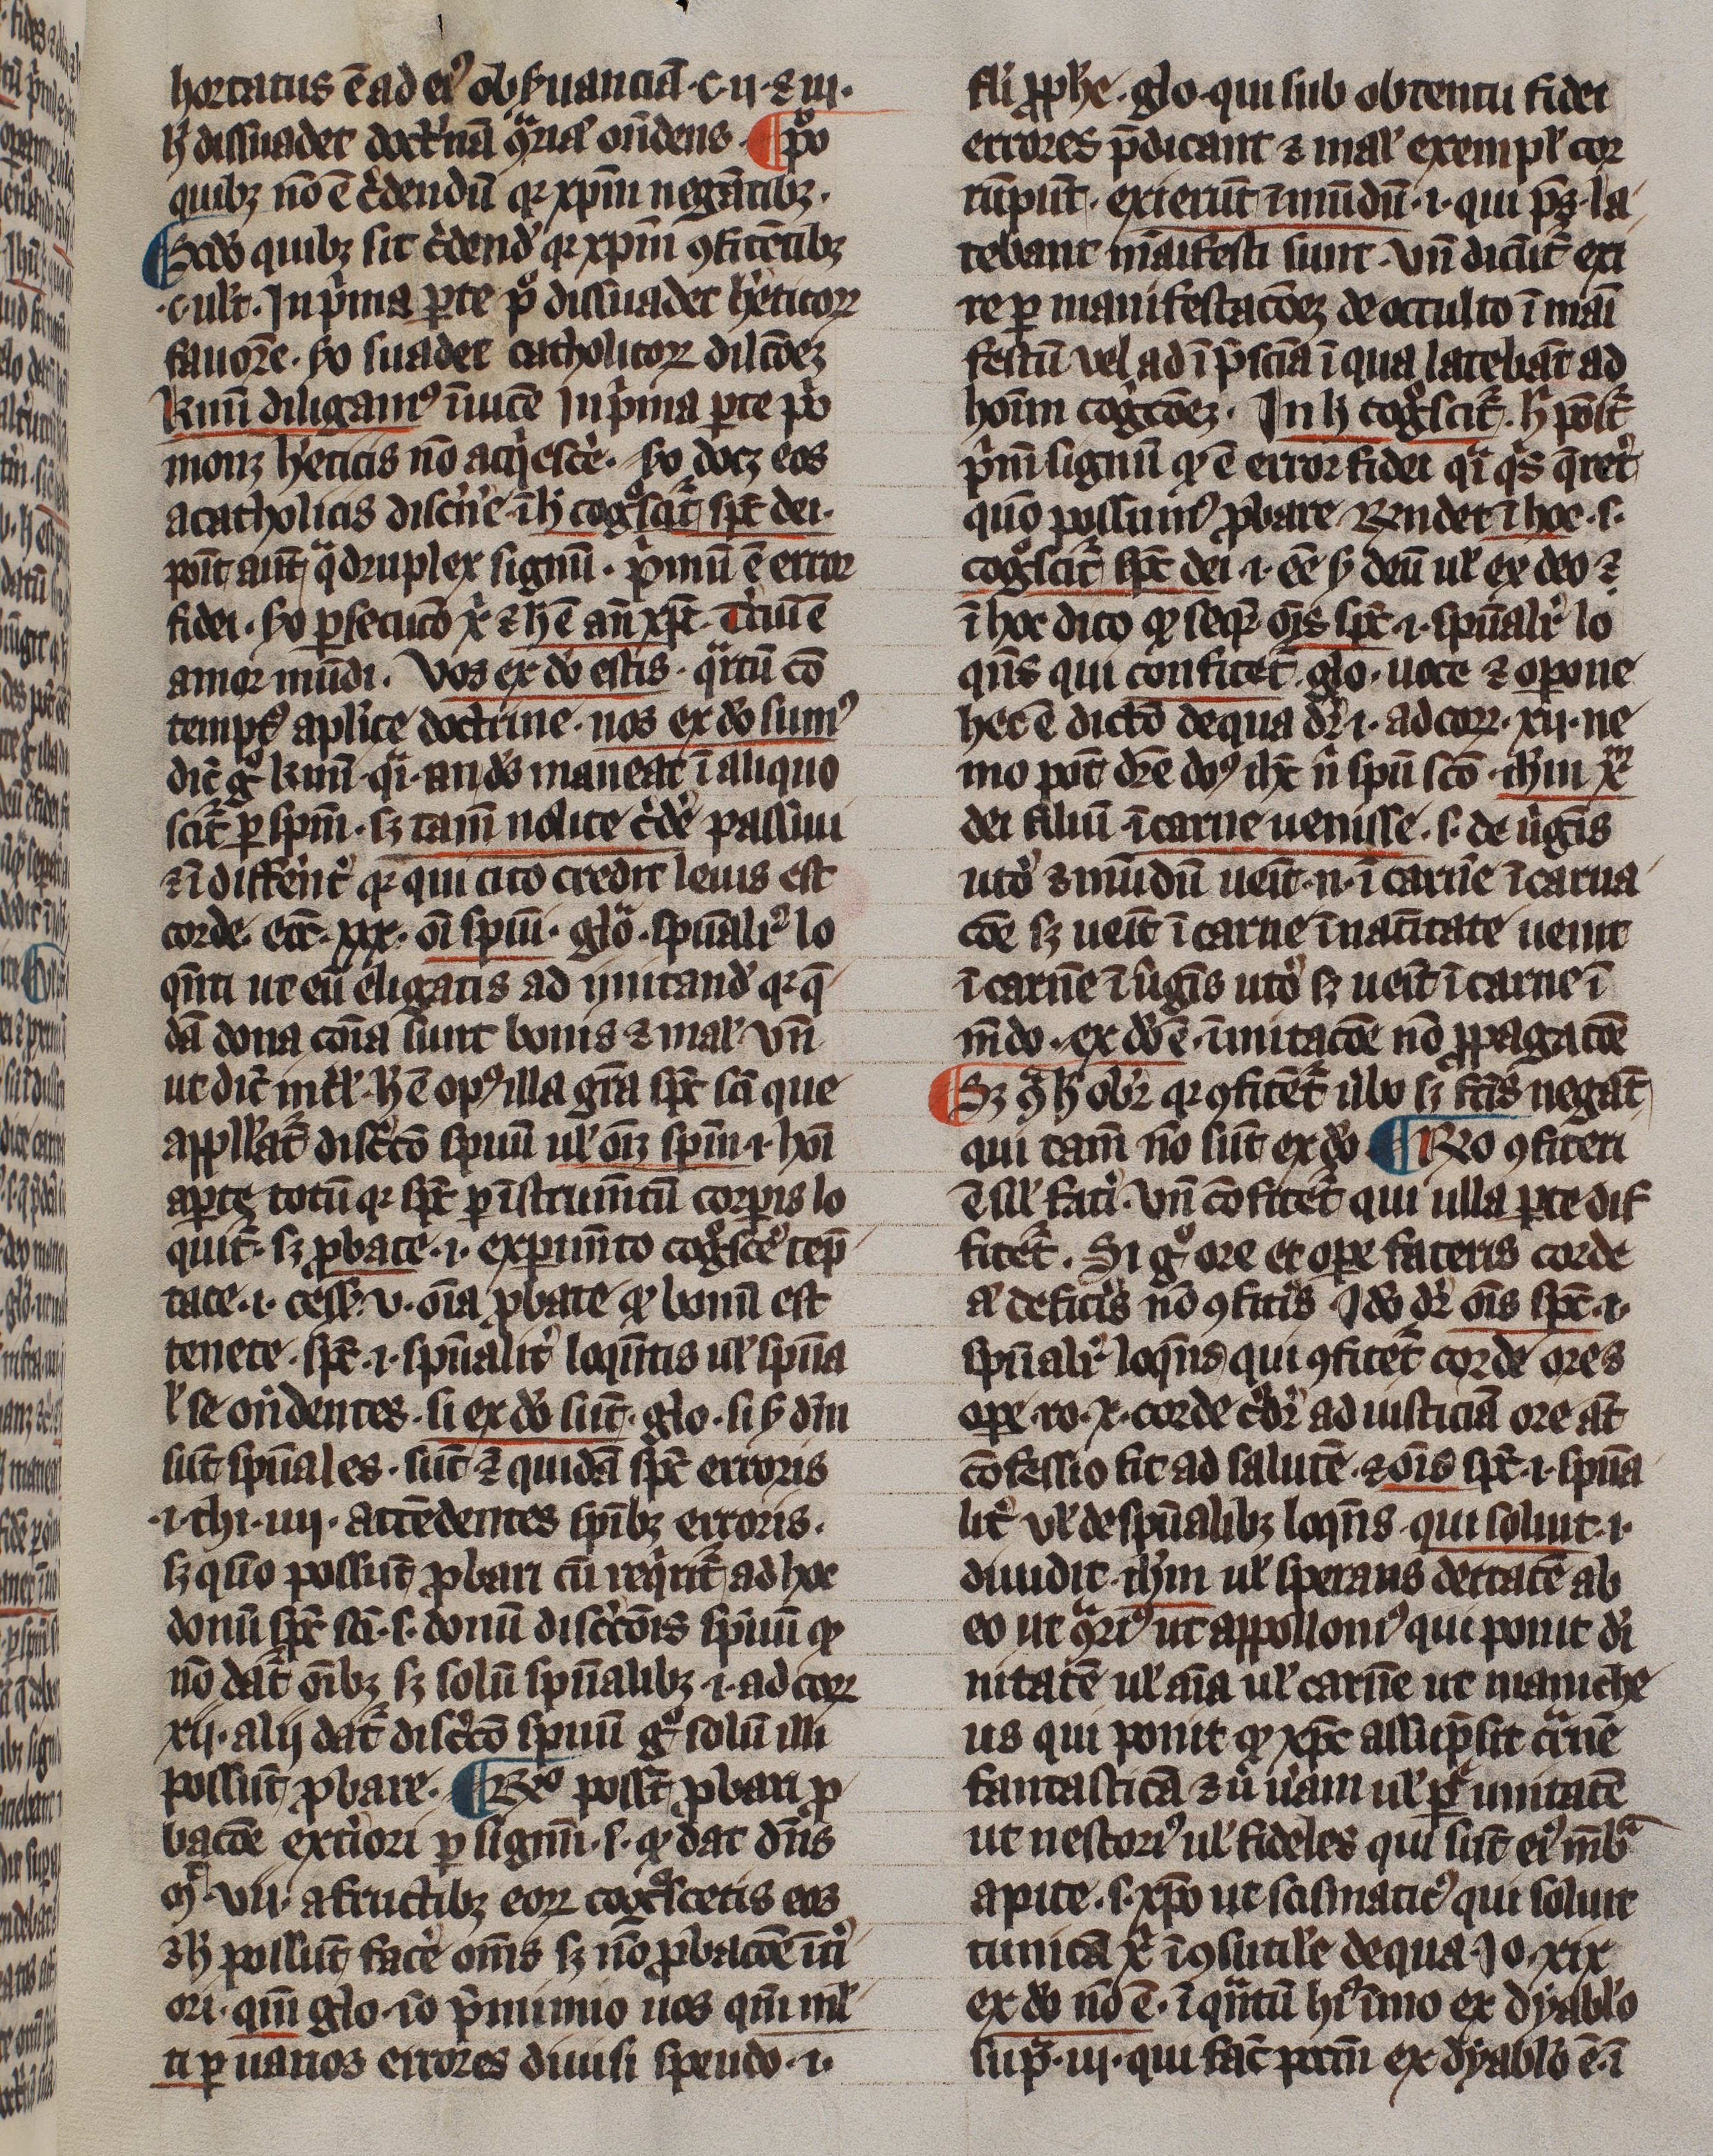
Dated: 1300–1399